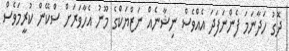
ދޮގު ހަދާނަމަ ފެންނަފަދަ އެއްވެސް ނިޝާނެއް ނަޒްޔަކްގެ މޫނު އެހާވަރަށް ސްކޭން ކުރީމަވެސް